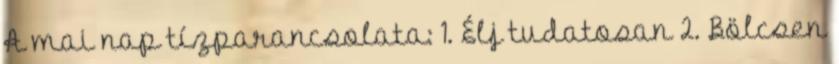
A mai nap tízparancsolata: 1. Élj tudatosan 2. Bölcsen